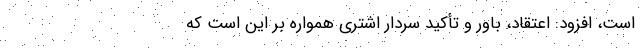
است، افزود: اعتقاد، باور و تأکید سردار اشتری همواره بر این است که